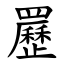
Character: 䍥